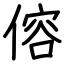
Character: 傛